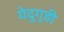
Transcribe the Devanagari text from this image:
येदुगुड़ी